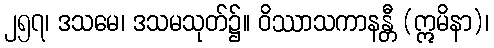
၂၅၇၊ ဒသမေ၊ ဒသမသုတ်၌။ ဝိဿာသကာနန္တီ (ဣမိနာ)၊